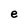
Character: e